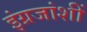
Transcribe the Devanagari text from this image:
इंग्रजांशीं